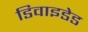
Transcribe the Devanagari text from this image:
डिवाइडेड